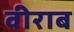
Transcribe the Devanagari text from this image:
वीराब